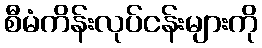
စီမံကိန်းလုပ်ငန်းများကို